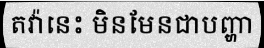
តវ៉ានេះ មិនមែនជាបញ្ហា